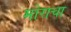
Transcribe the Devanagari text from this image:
मोराचा